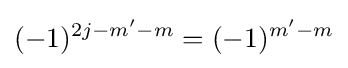
(-1)^{2j-m'-m}=(-1)^{m'-m}